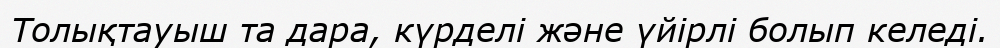
Толықтауыш та дара, күрделі және үйірлі болып келеді.